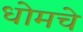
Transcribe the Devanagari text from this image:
धोमचे